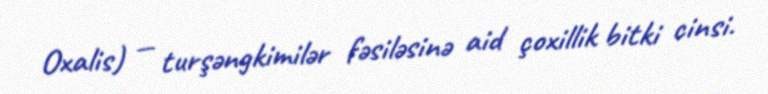
Oxalis) — turşəngkimilər fəsiləsinə aid çoxillik bitki cinsi.